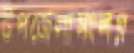
উপজেলাসংলগ্ন